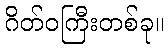
ဂိတ်ဝကြီးတစ်ခု။